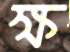
ক্ষ